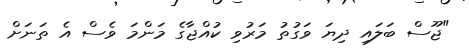
"ޖޫސް ބަލައި ދިޔަ ވަގުތު މަރުވި ކުއްޖާގެ މަންމަ ވެސް އެ ތަނަށް